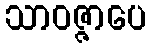
သာဝဇ္ဇာပေ